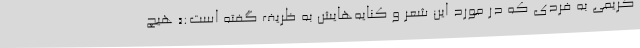
کریمی به فردی که در مورد این شعر و کنایه‌هایش به ظریف گفته است:« هیچ